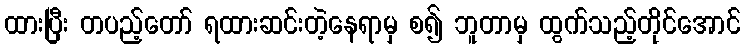
ထားပြီး တပည့်တော် ရထားဆင်းတဲ့နေရာမှ စ၍ ဘူတာမှ ထွက်သည့်တိုင်အောင်